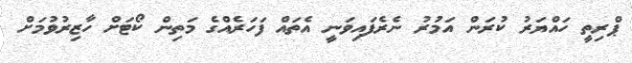
ޕްރިތީ ހައްޔަރު ކުރަން އަމުރު ނެރެފައިވަނީ އެތައް ފަހަރެއްގެ މަތިން ކޯޓަށް ހާޒިރުވުމަށް